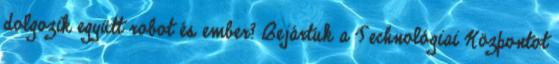
dolgozik együtt robot és ember? Bejártuk a Technológiai Központot